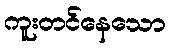
ကူးတင်နေသော